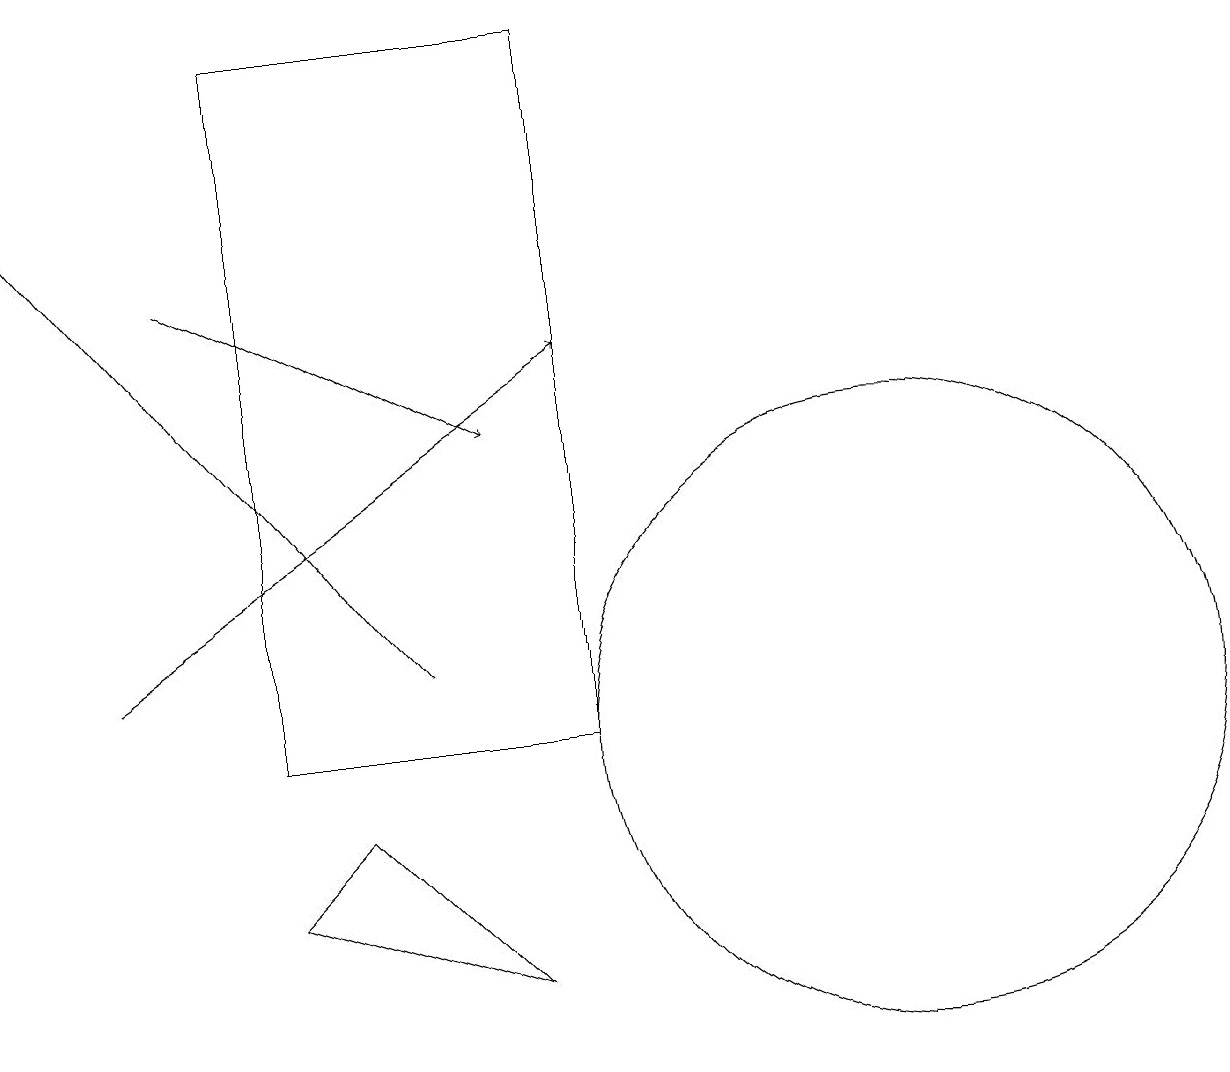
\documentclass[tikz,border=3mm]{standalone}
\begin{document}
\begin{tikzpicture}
\draw[->] (2,16) -- (6,14);
\draw (11,10) circle (4);
\draw[->] (1,11) -- (7,15);
\draw[->] (5,11) -- (0,17);
\draw (3,8) -- (6,7) -- (4,9) -- cycle;
\draw (7,10) rectangle (3,19);
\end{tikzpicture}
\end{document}